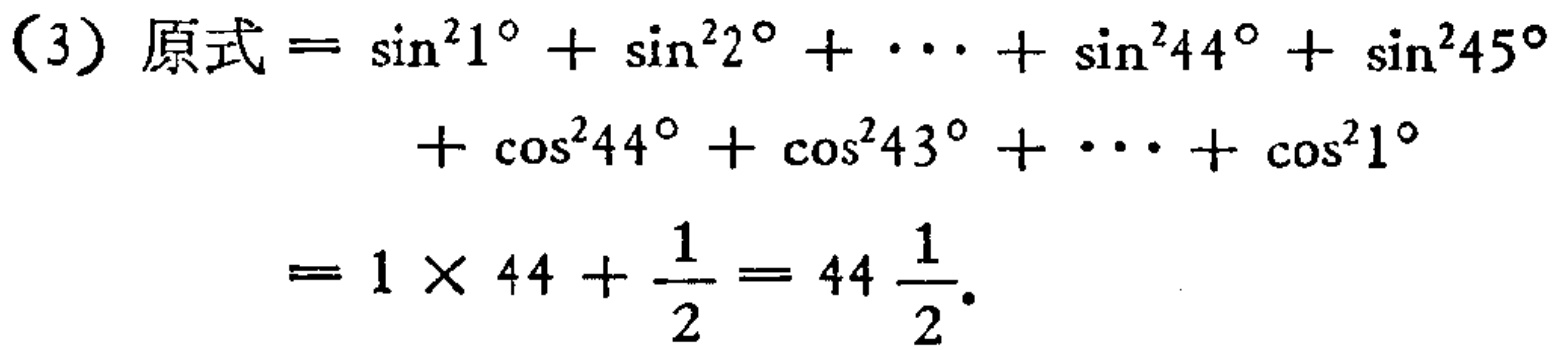
（3）原式$=\sin^{2}1^{\circ}+\sin^{2}2^{\circ}+\cdots+\sin^{2}44^{\circ}+\sin^{2}45^{\circ}$

$+\cos^{2}44^{\circ}+\cos^{2}43^{\circ}+\cdots+\cos^{2}1^{\circ}$

$=1\times44+\frac{1}{2}=44\frac{1}{2}$。